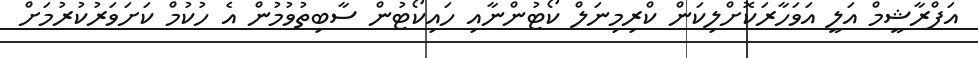
އަފްރާޝީމް އަލީ އަވަހާރަކޮށްލިކަން ކްރިމިނަލް ކޯޓުންނާއި ހައިކޯޓުން ސާބިތުވުމުން އެ ހުކުމް ކަށަވަރުކުރުމަށް